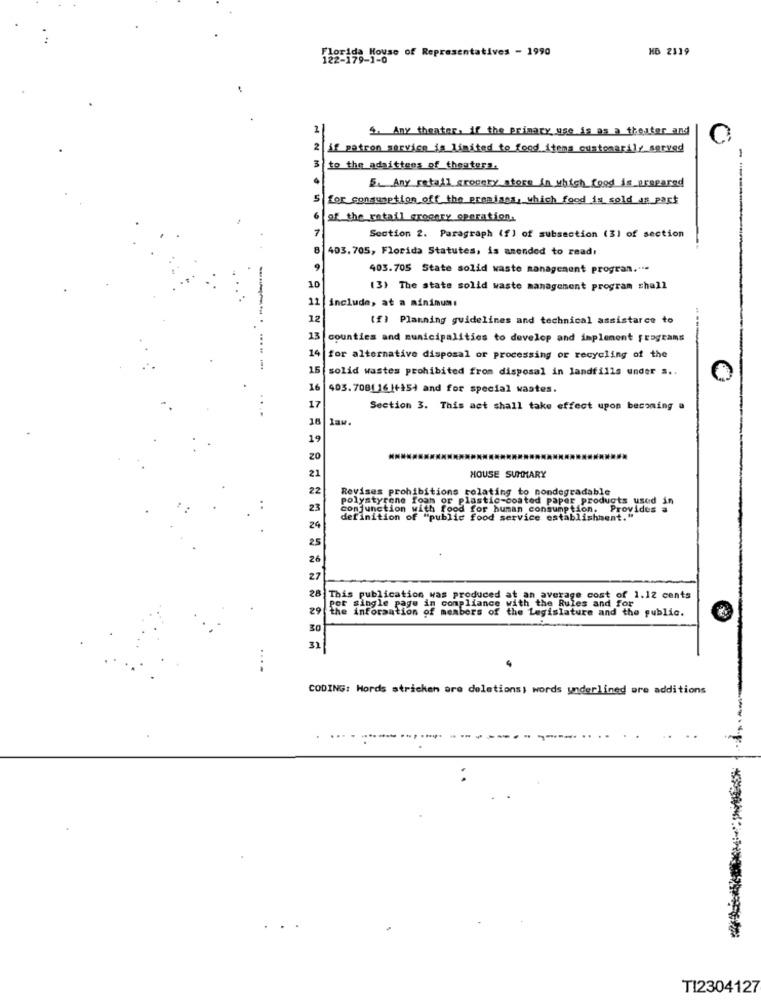
HD 2119
Fioride House of Representatives - 1990
5. Any theater, if the primary use is as a theater and
2
if patron service is limited to food items customarily served
3
to the adsittens of theatera.
5. Any retail grocery store in which food is prepared
5 for consumption off the premises, which food is sold as part
of the retail grocery operation.
7
Section 2. Paragraph (f) of subsection (3) of section
8
403. 705, Florida Statutes, is anended to read,
9
403.705 State solid waste management program ....
--
10
(3) The state solid waste management program shall
11 |include, at a minimum:
12
(f) Planning guidelines and technical assistarce to
13
counties and municipalities to develop and implement programs
14
for alternative disposal or processing or recycling of the
15 solid wastes prohibited from disposal in landfills under s ..
16
403.7081 16 |+15) and for special wastes.
17
Section 3. This act shall take effect upon becoming a
law.
19
20
21
HOUSE SUMMARY
22
Revises prohibitions relating to nondegradable
polystyrene foam or plastic-coated paper products used in
23
conjunction with food for human consumption. Provides a
definition of "public food service establishment."
24
25
26
27
28
This publication was produced at an average cost of 1.12 cents
29
PRE Single page in compliance with the Rules and for
inforaation of members of the Legislature and the public.
30
31
CODING: Hords stricken are deletions) words underlined are additions
......
TI2304127